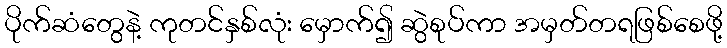
ပိုက်ဆံတွေနဲ့ ကုတင်နှစ်လုံး မှောက်၍ ဆွဲစုပ်ကာ အမှတ်တရဖြစ်စေဖို့